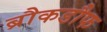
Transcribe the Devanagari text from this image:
ब्रौकडौफ